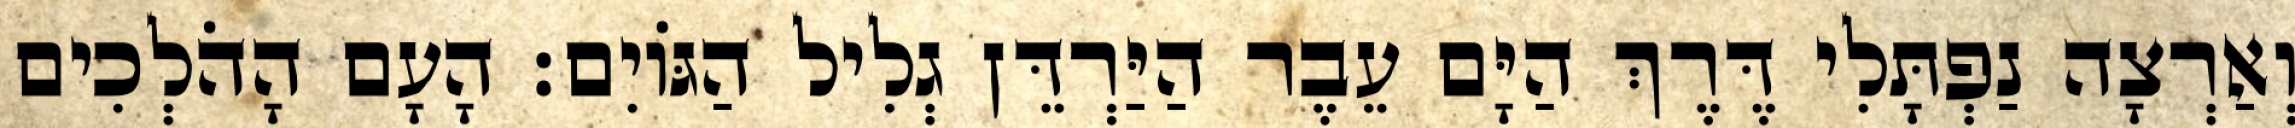
וְאַרְצָה נַפְתָּלִי דֶּרֶךְ הַיָּם עֵבֶר הַיַּרְדֵּן גְלִיל הַגּוֹיִם׃ הָעָם הָהֹלְכִים